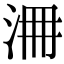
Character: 𣳷